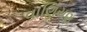
વાણિયણ